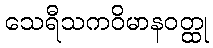
သေရီသကဝိမာနဝတ္ထု